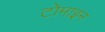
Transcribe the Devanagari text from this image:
टोमाइन